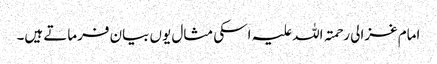
امام غزالی رحمتہ اللہ علیہ اسکی مثال یوں بیان فرماتے ہیں۔